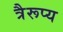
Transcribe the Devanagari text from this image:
त्रैरूप्य